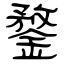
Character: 鍪